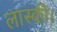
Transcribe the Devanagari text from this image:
लास्की।